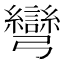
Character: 彎